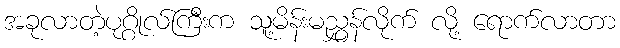
အခုလာတဲ့ပုဂ္ဂိုလ်ကြီးက သူ့မိန်းမညွှန်လိုက် လို့ ရောက်လာတာ